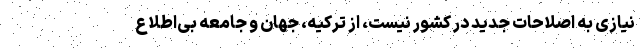
نیازی به اصلاحات جدید در کشور نیست، از ترکیه، جهان و جامعه بی‌اطلاع